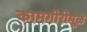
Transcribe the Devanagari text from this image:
कामगीरीमूळे